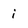
Character: i